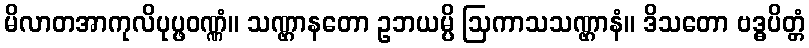
မိလာတအာကုလိပုပ္ဖဝဏ္ဏံ။ သဏ္ဌာနတော ဥဘယမ္ပိ ဩကာသသဏ္ဌာနံ။ ဒိသတော ဗဒ္ဓပိတ္တံ